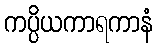
ကပ္ပိယကာရကာနံ